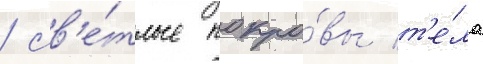
/ св'е́тлые покро́вы т'е́ла